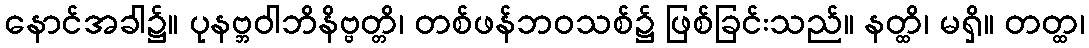
နောင်အခါ၌။ ပုနဗ္ဘဝါဘိနိဗ္ဗတ္တိ၊ တစ်ဖန်ဘဝသစ်၌ ဖြစ်ခြင်းသည်။ နတ္ထိ၊ မရှိ။ တတ္ထ၊